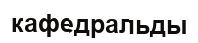
кафедральды